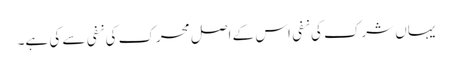
یہاں شرک کی نفی اس کے اصل محرک کی نفی سے کی ہے۔